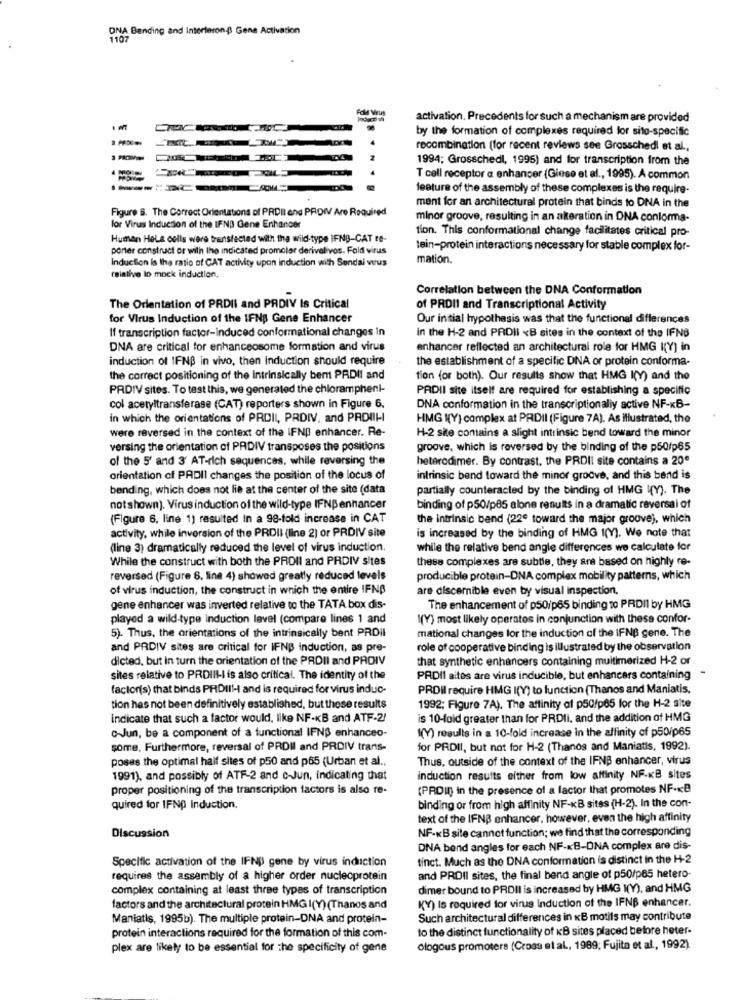
DNA Bending and Interferon# Gene Activation
1107
activation. Precedents for such a mechanism are provided
by the formation of complexes required for site-specific
.
recombination (for recent reviews see Grosschedl et al .,
1994; Grosschedl, 1995) and for transcription from the
T cell receptor a enhancer (Giese et al ., 1995). A common
feature of the assembly of these complexes is the require-
Figure 6. The Correct Orientations of PRDII and PRDIV Are Required
ment for an architectural protein that binds to DNA in the
minor groove, resulting in an alteration in DNA conlorma-
for Virus Induction of the IFNA Gene Enhancer
tion. This conformational change facilitates critical pro-
Human Hela cells were transfected with the wild-type IFNB-CAT te-
porter construct or with the indicated promeler derivalivos. Fold virus
tein-protein interactions necessary for stable complex for-
Induction is the ratio of CAT activity upon induction with Sendai wus
mation.
raintive lo mock induction,
Correlation between the DNA Conformation
The Orientation of PRDII and PRDIV Is Critical
of PRDII and Transcriptional Activity
for Virus Induction of the IFN$ Gene Enhancer
Our initial hypothesis was that the functional differences
If transcription factor-induced conformational changes In
in the H-2 and PRDII <B sites in the context of the IFNB
DNA are critical for enhanceosome formation and virus
enhancer reflected an architectural role for HMG I(Y) in
induction of IFNB in vivo, then induction should require
the establishment of a specific DNA or protein conforma-
the correct positioning of the Intrinsically bent PADII and
tion (or both). Our results show that HMG I(Y) and the
PRDIV sites. To test this, we generated the chlorampheni-
PADII site itself are required for establishing a specific
col acetyltransferase (CAT) reporters shown in Figure 6.
DNA conformation in the transcriptionaliy active NF-KB-
in which the orientations of PROII, PRDIV, and PRDIIH
HMG ((Y) complex at PRDII (Figure 7A). As illustrated, the
were reversed in the context of the IFNB enhancer. Re-
H-2 site contains a slight intrinsic bend toward the minor
versing the orientation of PRDIV transposes the positions
groove, which is reversed by the binding of the p50/p65
of the 5' and 3' AT-rich sequences, while reversing the
heterodimer. By contrast, the PRDII site contains a 200
orientation of PADII changes the position of the locus of
intrinsic bend toward the minor groove, and this bend is
bending, which does not lie at the center of the site (data
partially counteracted by the binding of HMG ((Y). The
notshown). Virus induction of the wild-type IFNBenhancer
binding of p50/p85 alone results in a dramatic reversal of
(Figure 6, line 1) resulted In a 98-fold increase in CAT
the intrinsic bend (22e toward the major groove), which
activity, while inversion of the PRDII (line 2) or PRDIV site
is increased by the binding of HMG I(Y). We note that
(line 3) dramatically reduced the level of virus induction.
while the relative bend angle differences we calculate for
While the construct with both the PROII and PRDIV sites
these complexes are subtle, they are based on highly re-
reversed (Figure 6, line 4) showed greatly reduced levels
producible protein-DNA complex mobility patterns, which
of virus induction, the construct in which the entire IFNB
are discernible even by visual inspection.
gene enhancer was inverted relative to the TATA box dis-
The enhancement of p50/p65 binding to PRDII by HMG
played a wild-type Induction level (compare lines 1 and
1(Y) most likely operates in conjunction with these confor-
5). Thus, the orientations of the intrinsically bent PRDII
mational changes lor the induction of the IFNB gene. The
and PRDIV sites are critical for IFNB induction, as pre-
role of cooperative binding is illustrated by the observation
dicted, but in turn the orientation of the PRDII and PRDIV
that synthetic enhancers containing muitimerized H-2 or
sites relative to PRDIII- is also critical. The identity of the
PADIl sites are virus inducible, but enhancers containing
factor(s) that binds PRDIIl- and is required for virus induc-
PRDil require HMG I(Y) to function (Thanos and Maniatis.
tion has not been definitively established, but these results
1992; Figure 7A). The affinity of p50fp65 for the H-2 site
indicate that such a factor would, like NF-KB and ATF-2!
is 10-fold greater than for PRDII, and the addition of HMG
c-Jun, be a component of a functional IFNS enhanceo-
(Y) results in a 10-fold increase In the affinity of p50/p65
some, Furthermore, reversal of PRDII and PRDIV trans-
for PRDII, but not for H-2 (Thanos and Maniatis, 1992).
poses the optimal half sites of p50 and p65 (Urban et al.
Thus, outside of the context of the IFNB enhancer, virus
1991), and possibly of ATF-2 and c-Jun, indicating that
induction results either from low affinity NF-KB sites
proper positioning of the transcription factors is also re-
(PRDIN) in the presence of a factor that promotes NF-KB
quired for IFNO induction.
binding or from high affinity NF-KB sites (H-2). In the con-
text of the IFNB enhancer, however, even the high affinity
NF-KB site cannot function; we find that the corresponding
Discussion
DNA bend angles for each NF-KB-DNA complex are dis-
Specific activation of the IFNU gene by virus induction
tinct. Much as the DNA conformation is distinct in the H-2
requires the assembly of a higher order nucleoprotein
and PROII sites, the final bend angle of p50/p65 hetero-
complex containing at least three types of transcription
dimer bound to PROII is increased by HMG I(Y), and HMG
K(Y) Is required for virus Induction of the IFNB enhancer.
factors and the architectural protein HMG I(Y) (Thanos and
Maniatis, 1995b). The multiple protein-DNA and protein-
Such architectural differences in KB motils may contribute
to the distinct functionality of KB sites placed before heter-
protein interactions required for the formation of this com-
plex are likely to be essential for the specificity of gene
ologous promoters (Cross et al ., 1999; Fujita et al ., 1992)